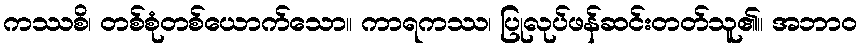
ကဿစိ၊ တစ်စုံတစ်ယောက်သော။ ကာရကဿ၊ ပြုလုပ်ဖန်ဆင်းတတ်သူ၏။ အဘာဝ